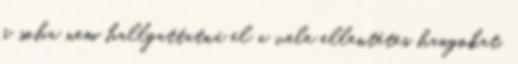
ő soha nem hallgattatná el a vele ellentétes hangokat.